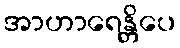
အာဟာရေန္တိပေ